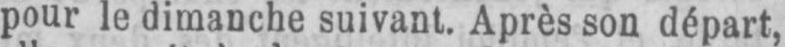
pour le dimanche suivant. Après son départ,